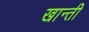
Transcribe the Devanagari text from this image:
खान्ती